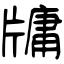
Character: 牗